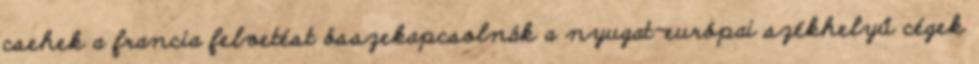
csehek a francia felvetést összekapcsolnák a nyugat-európai székhelyű cégek